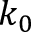
k _ { 0 }